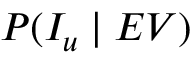
P ( I _ { u } \mid E V )